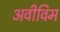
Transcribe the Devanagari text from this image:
अवीविम